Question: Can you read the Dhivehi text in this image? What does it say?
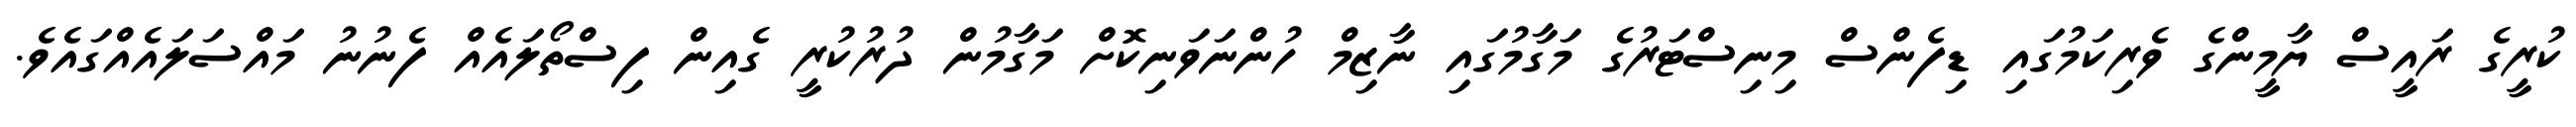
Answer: ކުރީގެ ރައީސް ޔާމީންގެ ވެރިކަމުގައި ޑިފެންސް މިނިސްޓަރުގެ މަގާމުގައި ނާޒިމް ހުންނަވަނިކޮށް މަގާމުން ދުރުކުރީ ގެއިން ފިސްތޯލައެއް ފެނުނު މައްސަލައެއްގައެވެ.